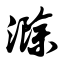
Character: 滁